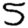
Digit: 5